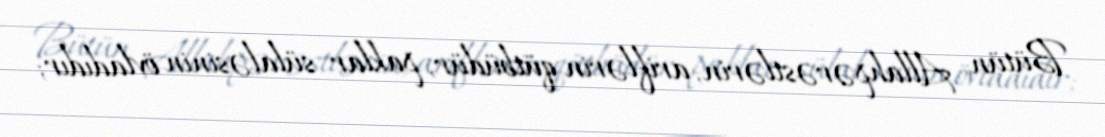
Bütün Allahpərəstlərin, ariflərin qütbüdür, paklar sülaləsinin övladıdır;